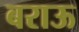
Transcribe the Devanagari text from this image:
बराऊ